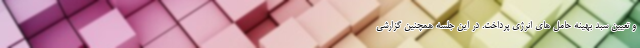
و تعیین سبد بهینه حامل های انرژی پرداخت. در این جلسه همچنین گزارشی